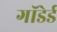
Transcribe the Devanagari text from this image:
गाॅडेर्ड